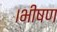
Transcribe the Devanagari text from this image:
।भीषण